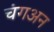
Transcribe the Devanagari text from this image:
चंगअन